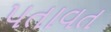
પતાવત